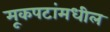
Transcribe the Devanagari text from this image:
मूकपटांमधील